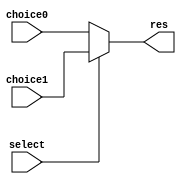
module MUX32(
    choice0, 
    choice1, 
    select, 
    res
);

input [31:0] choice0;
input [31:0] choice1;
input select;
output [31:0] res;

wire [31:0] res;
assign res = (select)? choice1:choice0;

endmodule